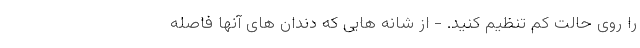
را روی حالت کم تنظیم کنید. - از شانه هایی که دندان های آنها فاصله